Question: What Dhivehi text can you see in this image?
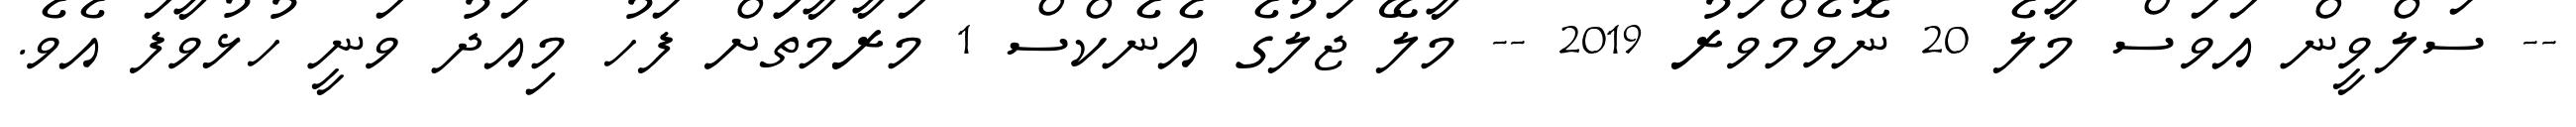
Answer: -- ސަލްވީން އަވަސް މާލެ 20 ނޮވެމްވަރު 2019 -- މާލޭ ޖަލުގެ އެނެކްސް 1 މަރާމާތަަށް ފަހު މިއަދު ވަނީ ހުޅުވާފަ އެވެ.